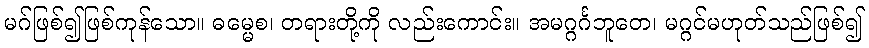
မဂ်ဖြစ်၍ဖြစ်ကုန်သော။ ဓမ္မေစ၊ တရားတို့ကို လည်းကောင်း။ အမဂ္ဂင်္ဂဘူတေ၊ မဂ္ဂင်မဟုတ်သည်ဖြစ်၍